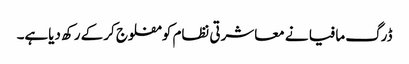
ڈرگ مافیا نے معاشرتی نظام کو مفلوج کرکے رکھ دیاہے۔